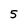
Character: 5